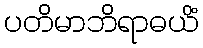
ပတိမာဘိရာဓယိံ